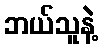
ဘယ်သူနဲ့